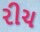
રીચ